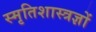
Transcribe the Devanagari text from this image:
स्मृतिशास्त्रज्ञों